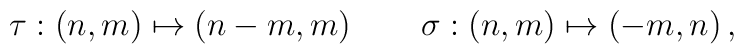
\tau : (n, m) \mapsto (n-m, m) \, \qquad \sigma : (n, m) \mapsto (-m, n) \, ,